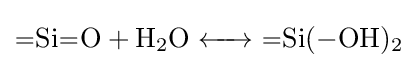
{\ce {=Si=O + H2O <-> =Si(-OH)2}}